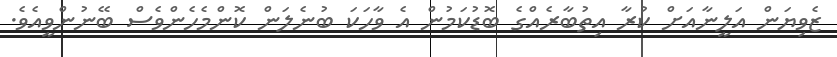
ޒެވިޔަން އަލީނާއަށް ކުރާ އިތުބާރެއްގެ ބޮޑުކަމުން އެ ވާހަކަ ބުނެލަން ކޮންމެހެންވެސް ބޭނުންވީއެވެ.